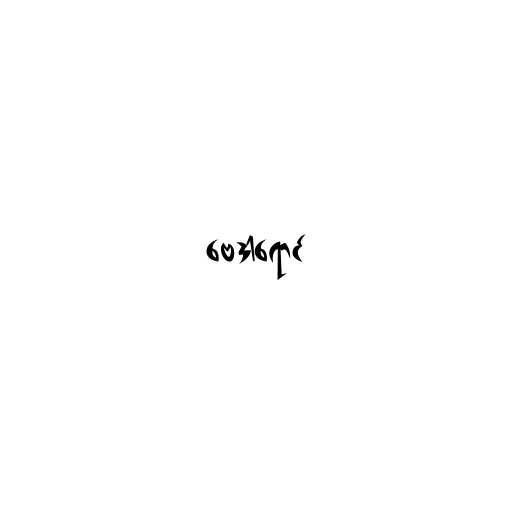
ဗေဒါရောင်